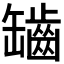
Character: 𦉟